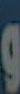
و